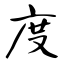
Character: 度